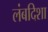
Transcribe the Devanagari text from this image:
लंबदिशा